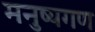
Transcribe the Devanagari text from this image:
मनुष्यगण